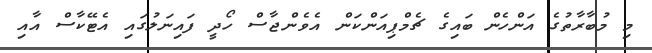
މި މުބާރާތުގެ އަންހެން ބައިގެ ޗެމްޕިއަންކަން އެވެންޖާސް ހޯދީ ފައިނަލުގައި އެޓޭކާސް އާއި